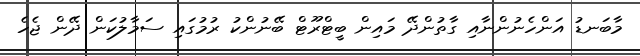
މާބަނޑު އަންހެނުންނާއި ގާތުންދޭ މައިން ބީޓްރޫޓް ބޭނުންކު ރުމުގައި ސަމާލުކަން ދޭން ޖެހެ